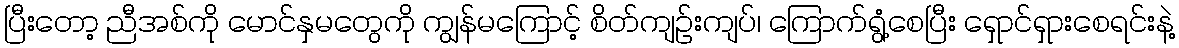
ပြီးတော့ ညီအစ်ကို မောင်နှမတွေကို ကျွန်မကြောင့် စိတ်ကျဉ်းကျပ်၊ ကြောက်ရွံ့စေပြီး ရှောင်ရှားစေရင်းနဲ့